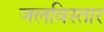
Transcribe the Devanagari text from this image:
जलविस्तार